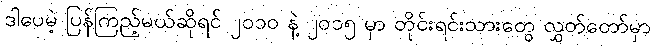
ဒါပေမဲ့ ပြန်ကြည့်မယ်ဆိုရင် ၂၀၁၀ နဲ့ ၂၀၁၅ မှာ တိုင်းရင်းသားတွေ လွှတ်တော်မှာ